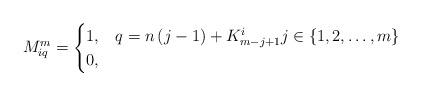
LaTeX: \begin{align*} M^m_{iq} = \begin{cases} 1, & q = n\left(j-1\right) + K^i_{m-j+1} j\in\left\lbrace 1, 2, \ldots, m \right\rbrace \\ 0, & \end{cases} \end{align*}